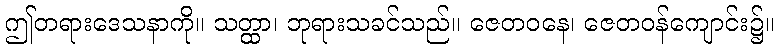
ဤတရားဒေသနာကို။ သတ္ထာ၊ ဘုရားသခင်သည်။ ဇေတဝနေ၊ ဇေတဝန်ကျောင်း၌။